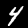
Digit: 4